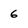
Character: 6